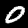
Label: 0